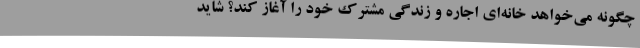
چگونه می‌خواهد خانه‌ای اجاره و زندگی مشترک خود را آغاز کند؟ شاید